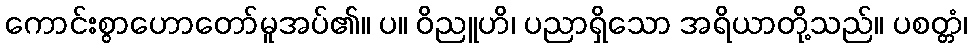
ကောင်းစွာဟောတော်မူအပ်၏။ ပ။ ဝိညူဟိ၊ ပညာရှိသော အရိယာတို့သည်။ ပစတ္တံ၊